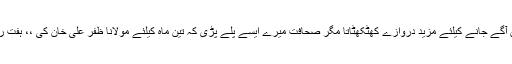
میں اس کے بعد بھی کرکٹ میں آگے جانے کیلئے مزید دروازے کھٹکھٹاتا مگر صحافت میرے ایسے پلے پڑی کہ تین ماہ کیلئے مولانا ظفر علی خان کی ،، ہفت روزہ زمیندار ،، ٹیم کا حصہ بنا ۔